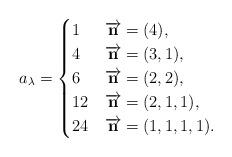
LaTeX: \begin{align*}a_\lambda=\begin{cases}1 & \overrightarrow{\mathbf{n}}=(4),\\4 & \overrightarrow{\mathbf{n}}=(3,1),\\6 & \overrightarrow{\mathbf{n}}=(2,2),\\12 & \overrightarrow{\mathbf{n}}=(2,1,1),\\24 & \overrightarrow{\mathbf{n}}=(1,1,1,1).\end{cases}\end{align*}